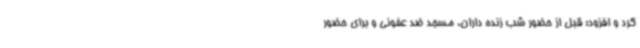
کرد و افزود: قبل از حضور شب زنده داران، مسجد ضد عفونی و برای حضور